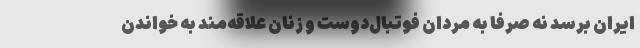
ایران برسد نه صرفا به مردان فوتبال‌دوست و زنان علاقه‌مند به خواندن